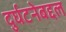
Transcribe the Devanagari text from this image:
दुर्घटनेबद्दल